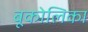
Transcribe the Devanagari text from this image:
बूकोलिका